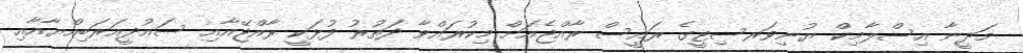
މަދީނާ އިސްލާމިކް ޔުނިވަރސިޓީގެ ރައީސް ރާއްޖެއަށް މިކުރައްވާ ދަތުރު ފުޅަކީ ރާއްޖޭއާއި ސައުދީއަރަބިއްޔާއާއި